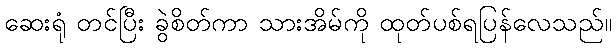
ဆေးရုံ တင်ပြီး ခွဲစိတ်ကာ သားအိမ်ကို ထုတ်ပစ်ရပြန်လေသည်။